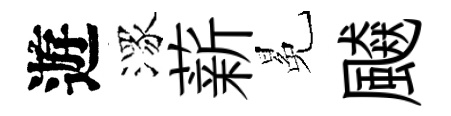
遊潈薪冕飇